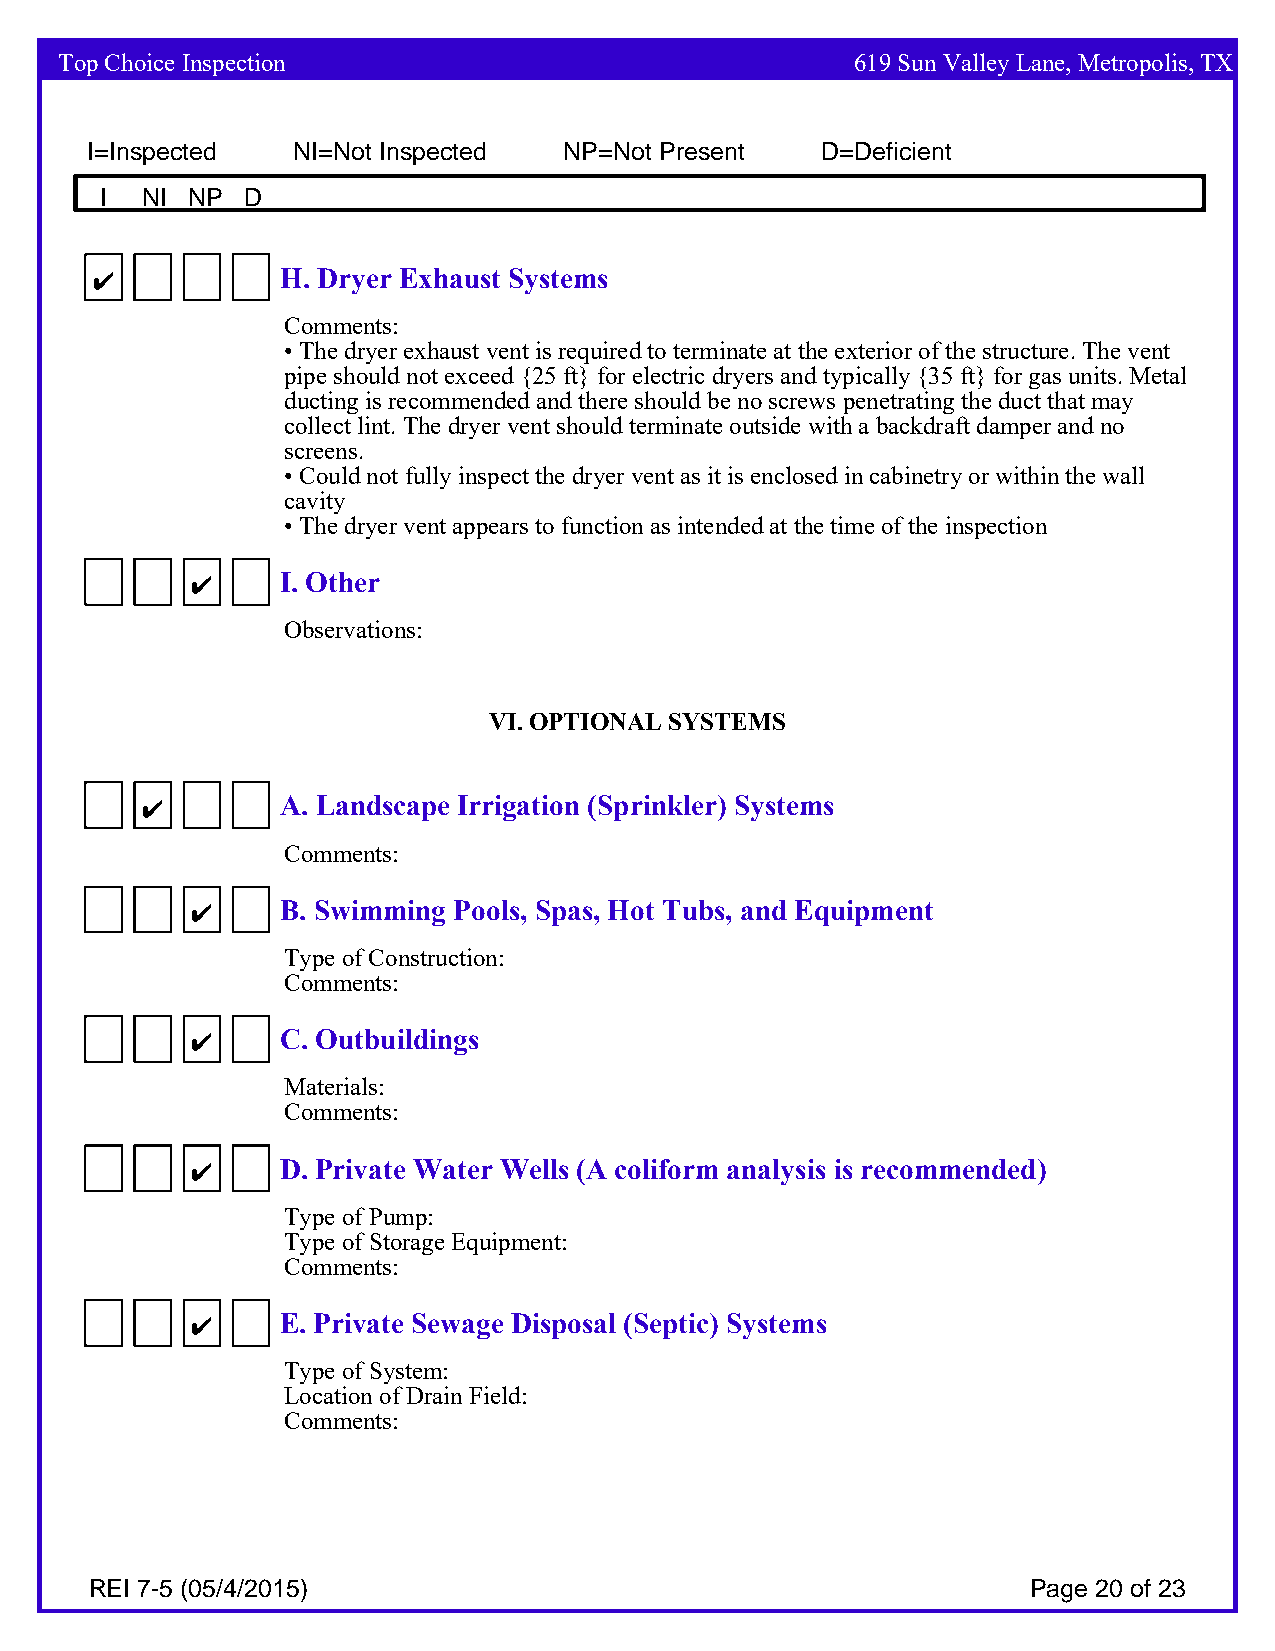
Top Choice Inspection                                619 Sun Valley Lane, Metropolis, TX
 I=Inspected  NI=Not Inspected  NP=Not Present   D=Deficient
 I NI NP  D
 4            H. Dryer Exhaust Systems
 Comments:
 • The dryer exhaust vent is required to terminate at the exterior of the structure. The vent
 pipe should not exceed {25 ft} for electric dryers and typically {35 ft} for gas units. Metal
 ducting is recommended and there should be no screws penetrating the duct that may
 collect lint. The dryer vent should terminate outside with a backdraft damper and no
 screens.
 • Could not fully inspect the dryer vent as it is enclosed in cabinetry or within the wall
 cavity
 • The dryer vent appears to function as intended at the time of the inspection
 4     I. Other
 Observations:
 VI. OPTIONA L SYSTEMS
 4         A. Landscape Irrigation (Sprinkler) Systems
 Comments:
 4     B. Swimming Pools, Spas, Hot Tubs, and Equipment
 Type of Construction:
 Comments:
 4     C. Outbuildings
 Materials:
 Comments:
 4     D. Private Water Wells (A coliform analysis is recommended)
 Type of Pump:
 Type of Storage Equipment:
 Comments:
 4     E. Private Sewage Disposal (Septic) Systems
 Type of System:
 Location of Drain Field:
 Comments:
 REI 7-5 (05/4/2015)                                           Page 20 of 23